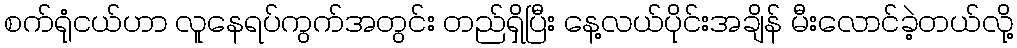
စက်ရုံငယ်ဟာ လူနေရပ်ကွက်အတွင်း တည်ရှိပြီး နေ့လယ်ပိုင်းအချိန် မီးလောင်ခဲ့တယ်လို့